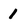
Character: 1